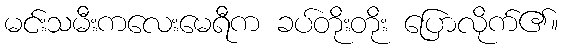
မင်းသမီးကလေးမေရီက ခပ်တိုးတိုး ပြောလိုက်၏။